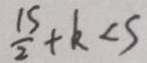
\frac { 1 5 } { 2 } + k < s